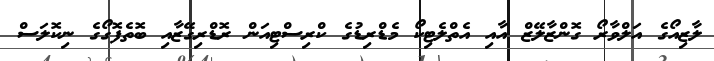
ލާޒިއޯގެ އަލްވާރޯ ގޮންޒާލޭޒް އާއި އެތްލެޓިކޯ މެޑްރިޑުގެ ކްރިސްޓިއަން ރޮޑްރިގޭޒާއި ބޮތެފޮގޯގެ ނިކޮލަސް